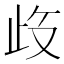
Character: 𱥀